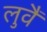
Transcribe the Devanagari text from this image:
लुवैं